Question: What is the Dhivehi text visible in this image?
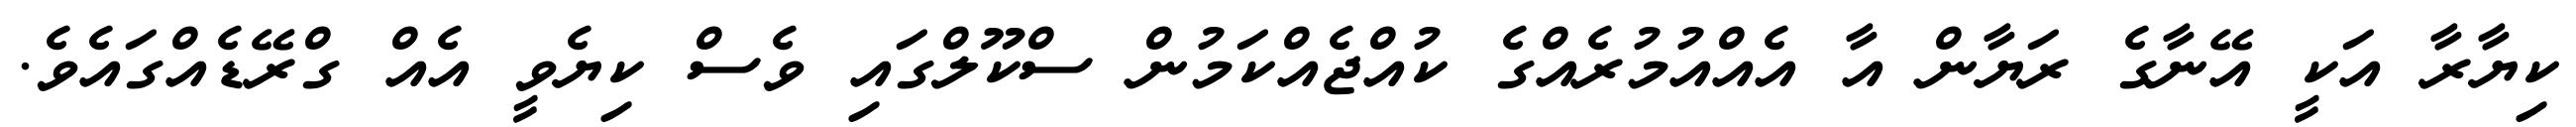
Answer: ކިޔާރާ އަކީ އޭނާގެ ރަޔާން އާ އެއްއުމުރެއްގެ ކުއްޖެއްކަމުން ސްކޫލްގައި ވެސް ކިޔެވީ އެއް ގްރޭޑެއްގައެވެ.